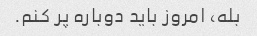
بله، امروز باید دوباره پر کنم.